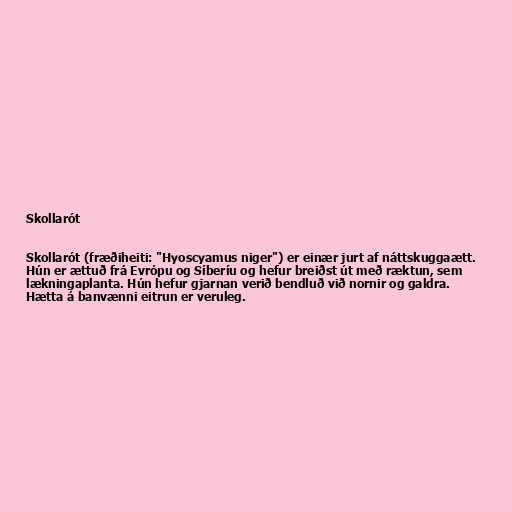
Skollarót

Skollarót (fræðiheiti: "Hyoscyamus niger") er einær jurt af náttskuggaætt.
Hún er ættuð frá Evrópu og Síberíu og hefur breiðst út með ræktun, sem
lækningaplanta. Hún hefur gjarnan verið bendluð við nornir og galdra.
Hætta á banvænni eitrun er veruleg.